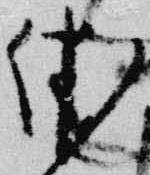
休